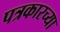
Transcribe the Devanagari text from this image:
पत्रकारच्या